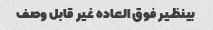
بینظیر فوق العاده غیر قابل وصف